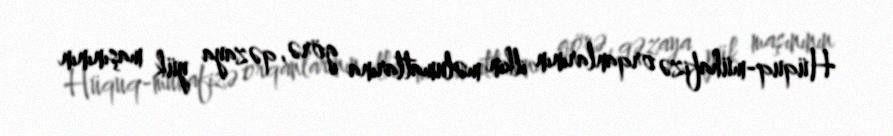
Hüquq-mühafizə orqanlarının ilkin məlumatlarına görə, qəzaya yük maşınının